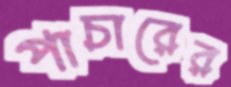
পাচারের